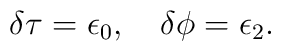
\delta \tau = \epsilon_0,\quad \delta\phi = \epsilon_2.